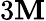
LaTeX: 3\mathbf{M}